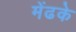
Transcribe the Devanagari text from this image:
मेंढके